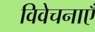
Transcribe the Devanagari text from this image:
विवेचनाएँ